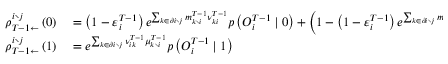
\begin{array} { r l } { \rho _ { T - 1 \leftarrow } ^ { i \setminus j } \left( 0 \right) } & { { } = \left( 1 - \varepsilon _ { i } ^ { T - 1 } \right) e ^ { \sum _ { k \in \partial i \setminus j } m _ { k \setminus i } ^ { T - 1 } { \nu } _ { k i } ^ { T - 1 } } p \left( O _ { i } ^ { T - 1 } \mid 0 \right) + \left( 1 - \left( 1 - \varepsilon _ { i } ^ { T - 1 } \right) e ^ { \sum _ { k \in \partial i \setminus j } m _ { k \setminus i } ^ { T - 1 } { \nu } _ { k i } ^ { T - 1 } } \right) p \left( O _ { i } ^ { T - 1 } \mid 0 \right) } \\ { \rho _ { T - 1 \leftarrow } ^ { i \setminus j } \left( 1 \right) } & { { } = e ^ { \sum _ { k \in \partial i \setminus j } \nu _ { i k } ^ { T - 1 } \mu _ { k \setminus i } ^ { T - 1 } } p \left( O _ { i } ^ { T - 1 } \mid 1 \right) } \end{array}